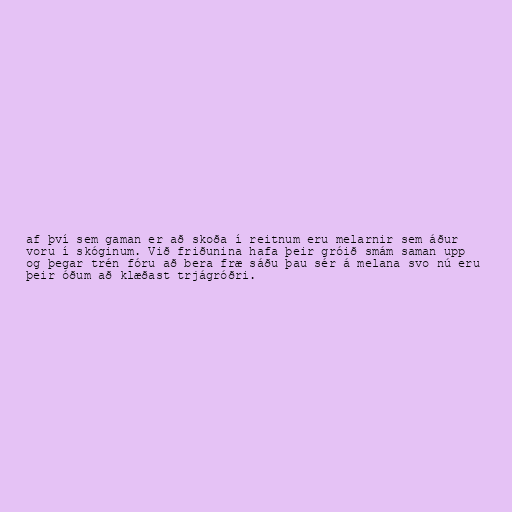
af því sem gaman er að skoða í reitnum eru melarnir sem áður
voru í skóginum. Við friðunina hafa þeir gróið smám saman upp
og þegar trén fóru að bera fræ sáðu þau sér á melana svo nú eru
þeir óðum að klæðast trjágróðri.